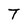
Character: T